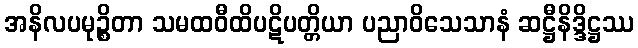
အနိလပမုဉ္စိတာ သမထဝီထိပဋိပတ္တိယာ ပညာဝိသေသာနံ ဆဋ္ဌီနိဒ္ဒိဋ္ဌဿ